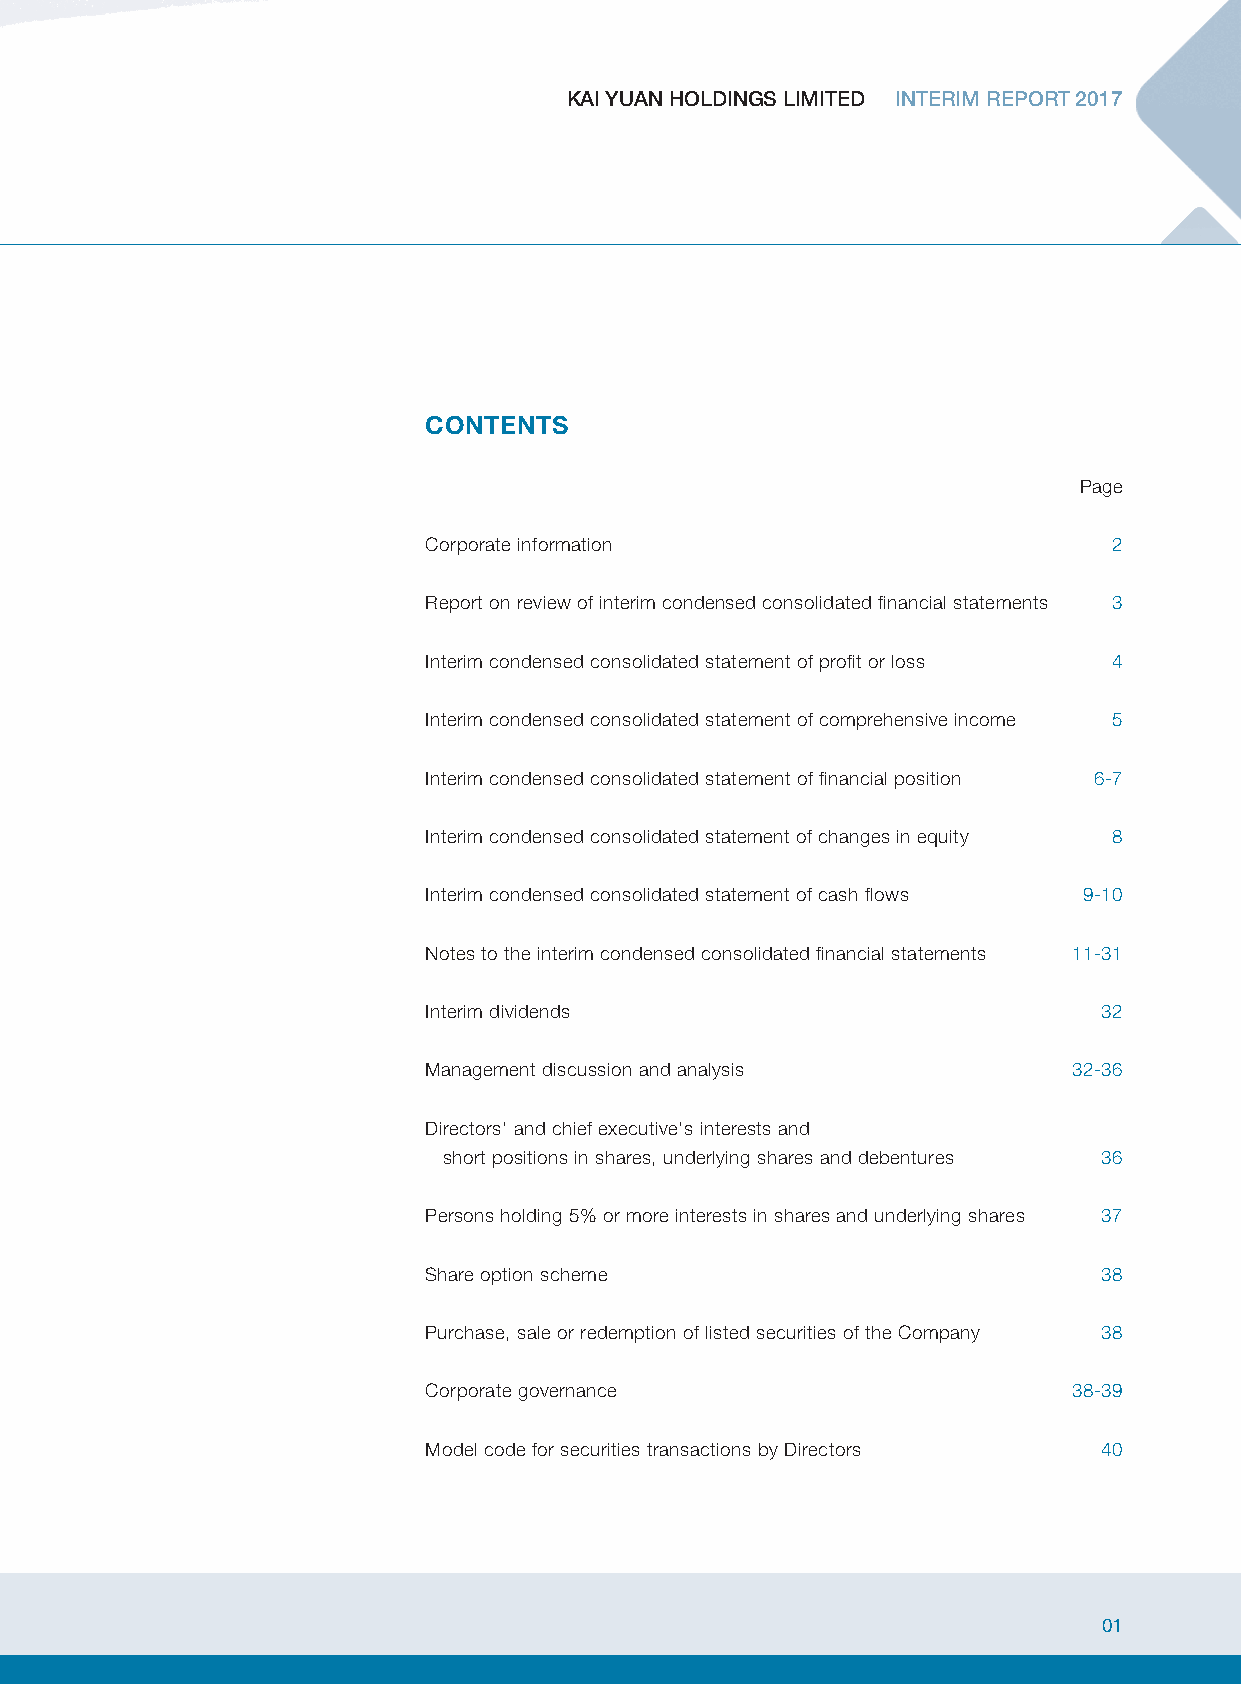
KKAAII YYUUAANN HHOOLLDDIINNGGSS LLIIMMIITTEEDD IINNTTEERRIIMM RREEPPOORRTT 22001177
 CONTENTS
 Page
 Corporate information                         2
 Report on review of interim condensed consolidated financial statements 3
 Interim condensed consolidated statement of profit or loss 4
 Interim condensed consolidated statement of comprehensive income 5
 Interim condensed consolidated statement of financial position 6-7
 Interim condensed consolidated statement of changes in equity 8
 Interim condensed consolidated statement of cash flows 9-10
 Notes to the interim condensed consolidated financial statements 11-31
 Interim dividends                            32
 Management discussion and analysis         32-36
 Directors’ and chief executive’s interests and
 short positions in shares, underlying shares and debentures 36
 Persons holding 5% or more interests in shares and underlying shares 37
 Share option scheme                          38
 Purchase, sale or redemption of listed securities of the Company 38
 Corporate governance                       38-39
 Model code for securities transactions by Directors 40
 01